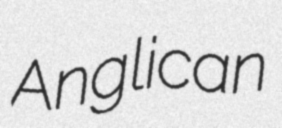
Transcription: Anglican